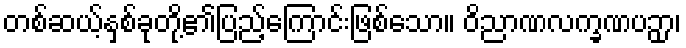
တစ်ဆယ့်နှစ်ခုတို့၏ပြည့်ကြောင်းဖြစ်သော။ ဝိညာဏလက္ခဏပဉှာ၊